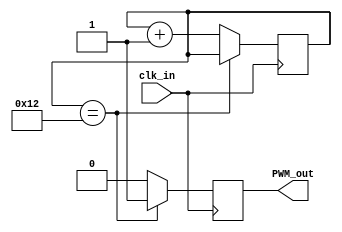
module SimplePWM(clk_in,  PWM_out);
input clk_in; //clock for counter
//input [7:0] x_in; //control value that
									//defines pulse width
output reg PWM_out ; //PWM signal out
reg [7:0] counter = 0;

parameter x_in = 5'b10010;
always@ (posedge clk_in )begin
	if ( counter == x_in )
		PWM_out <= 1;
	else begin
		PWM_out <= 0;
		counter <= counter+1;
end
end 

endmodule